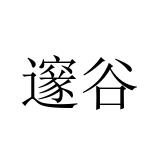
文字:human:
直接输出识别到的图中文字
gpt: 邃谷